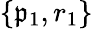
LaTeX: \{ \mathfrak{p}_{1},r_{1}\}